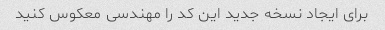
برای ایجاد نسخه جدید این کد را مهندسی معکوس کنید